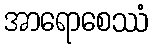
အာရောစေဿံ